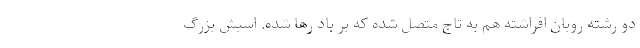
دو رشته روبان افراشته هم به تاج متصل شده که بر باد رها شده. اسبش بزرگ